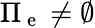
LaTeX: \Pi_{\mathrm{~e~}}\neq\emptyset